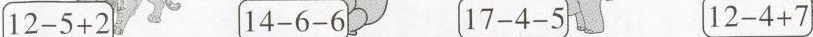
$$1 2 - 5 + 2$$ $$1 4 - 6 - 6$$ $$1 7 - 4 - 5$$ $$1 2 - 4 - 7$$